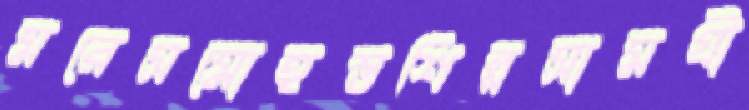
মরেসমোহস্তশিল্পসামগ্রী